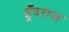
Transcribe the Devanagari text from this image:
हूँदराज